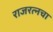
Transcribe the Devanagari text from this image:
राजरत्‍नचा